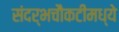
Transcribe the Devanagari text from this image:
संदर्भचौकटींमध्ये